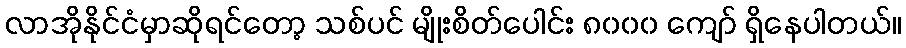
လာအိုနိုင်ငံမှာဆိုရင်တော့ သစ်ပင် မျိုးစိတ်ပေါင်း ၈၀၀၀ ကျော် ရှိနေပါတယ်။